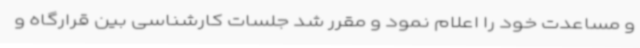
و مساعدت خود را اعلام نمود و مقرر شد جلسات کارشناسی بین قرارگاه و